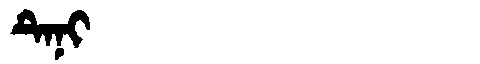
Manchu: ᡨᡝᠨᡳ
Romanization: TENI